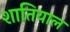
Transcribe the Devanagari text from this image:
शातियाल